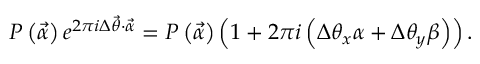
P \left( \vec { \alpha } \right) e ^ { 2 \pi i \Delta { \vec { \theta } } \cdot \vec { \alpha } } = P \left( \vec { \alpha } \right) \left( 1 + 2 \pi i \left( \Delta { \theta _ { x } } \alpha + \Delta { \theta _ { y } } \beta \right) \right) .